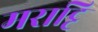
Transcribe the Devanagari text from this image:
मराट्टि